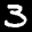
Label: 3